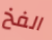
الفخ